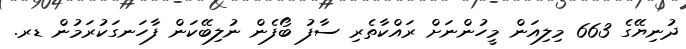
ދުނިޔޭގެ 663 މިލިއަން މީހުންނަށް ރައްކާތެރި ސާފު ބޯފެން ނުލިބޭކަން ފާހަނގަކުރަމުން ޑރ.